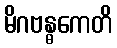
မိဂဗန္ဓကေတိ